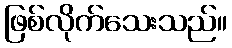
ဖြစ်လိုက်သေးသည်။